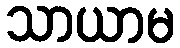
သာယာမ